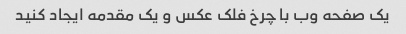
یک صفحه وب با چرخ فلک عکس و یک مقدمه ایجاد کنید